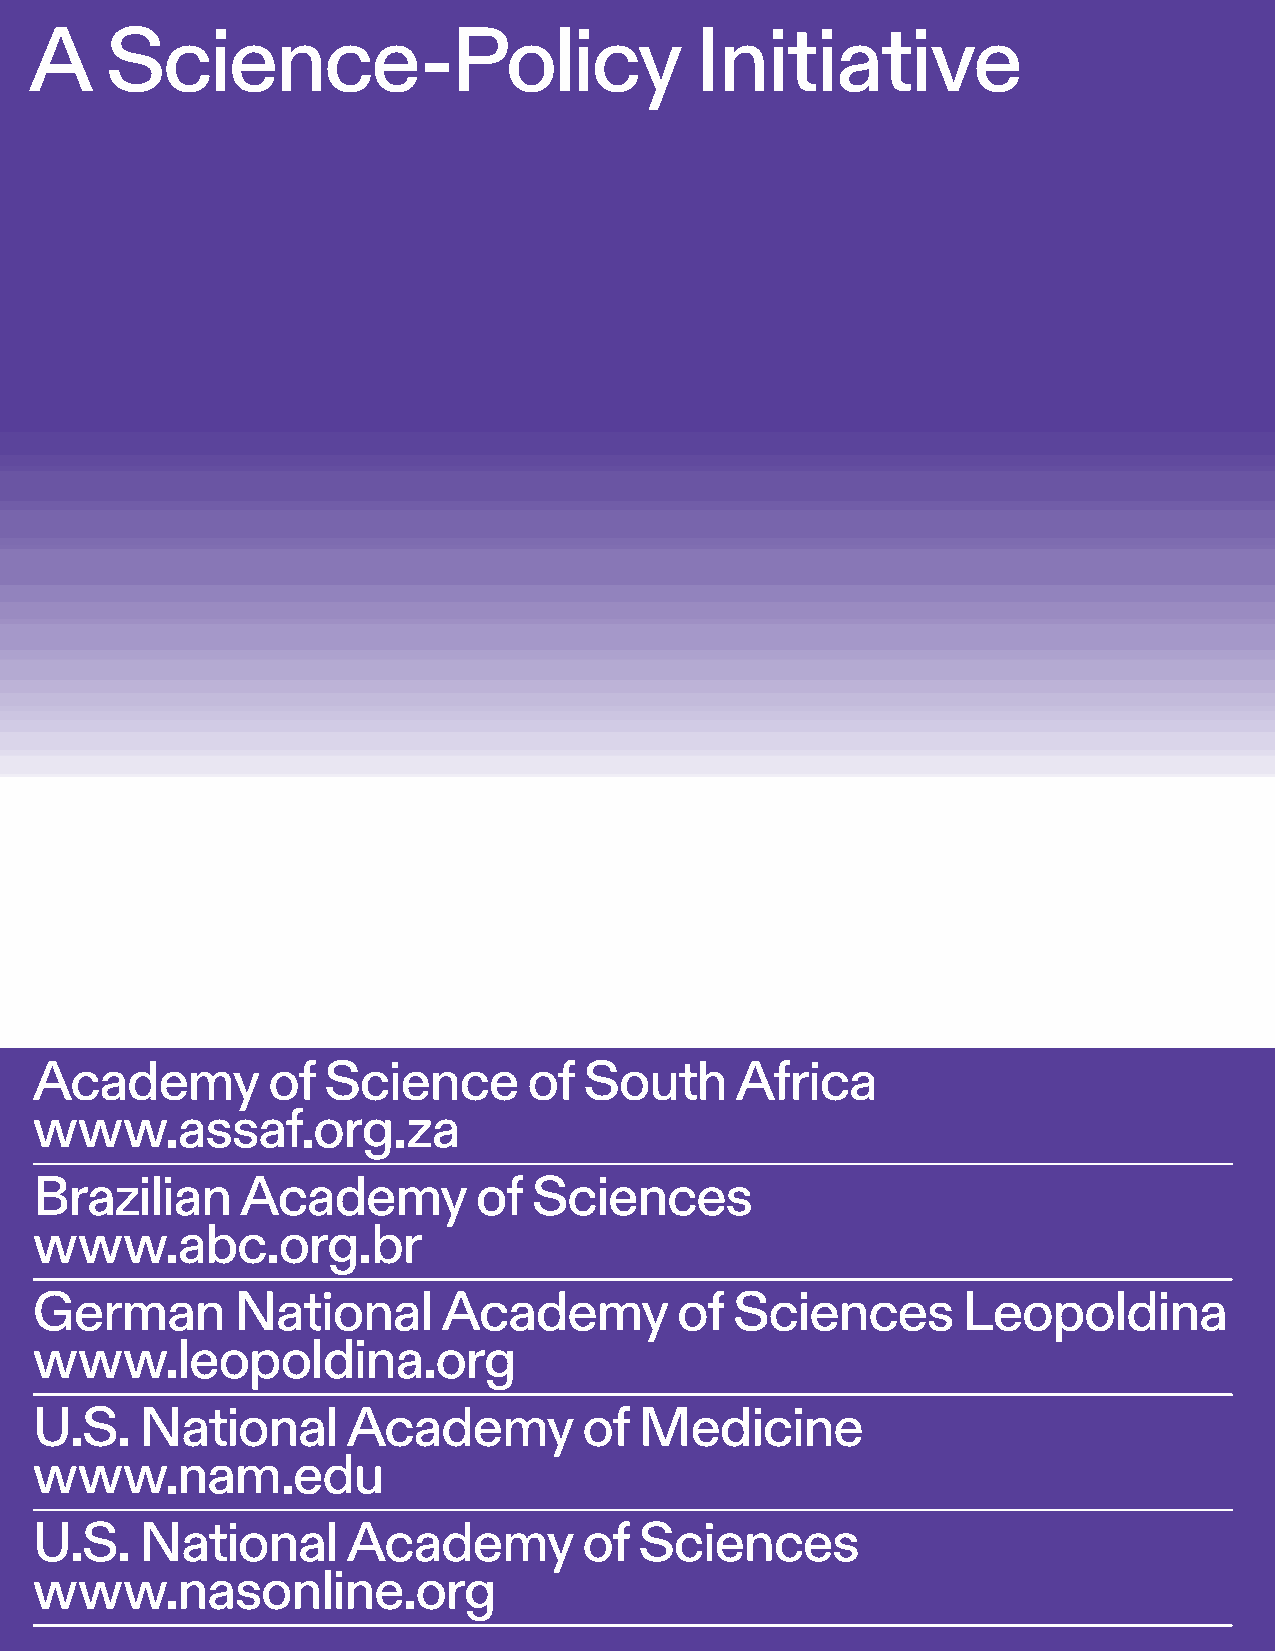
A    Science-Policy                         Initiative                  21
 Copy-Editing
 German National Academy of
 Sciences Leopoldina,
 Halle (Saale), Germany
 internationalrelations@leopoldina.org
 www.leopoldina.org
 Art Direction
 Lamm & Kirch, Berlin / Leipzig
 www.lamm-kirch.com
 Print
 Printed in Germany by
 Elbe Druckerei Wittenberg GmbH
 www.elbedruckerei.de
 Printed on recycled paper.
 Publication date
 June 2019
 Copyright
 © Academy of Science
 of South Africa (ASSAf)
 Academy         of Science       of  South     Africa
 www.assaf.org.za
 www.assaf.org.za
 © Brazilian Academy
 of Sciences (ABC)
 Brazilian     Academy        of  Sciences
 www.abc.org.br
 © German National Academy www.abc.org.br
 of Sciences Leopoldina
 German       National      Academy         of  Sciences       Leopoldina
 www.leopoldina.org
 © U.S. National Academy www.leopoldina.org
 of Medicine (NAM)
 U.S.   National      Academy         of Medicine
 www.nam.edu
 © U.S. National Academy www.nam.edu
 of Sciences (NAS)
 www.nationalacademies.org U.S. National Academy of Sciences
 www.nasonline.org
 ISBN: 978–3–8047–4017–4